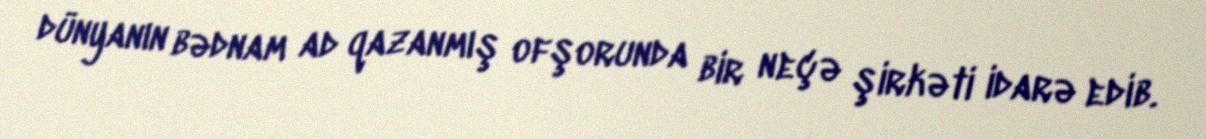
dünyanın bədnam ad qazanmış ofşorunda bir neçə şirkəti idarə edib.